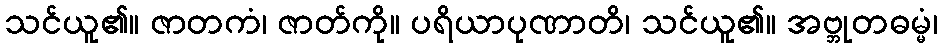
သင်ယူ၏။ ဇာတကံ၊ ဇာတ်ကို။ ပရိယာပုဏာတိ၊ သင်ယူ၏။ အဗ္ဘုတဓမ္မံ၊